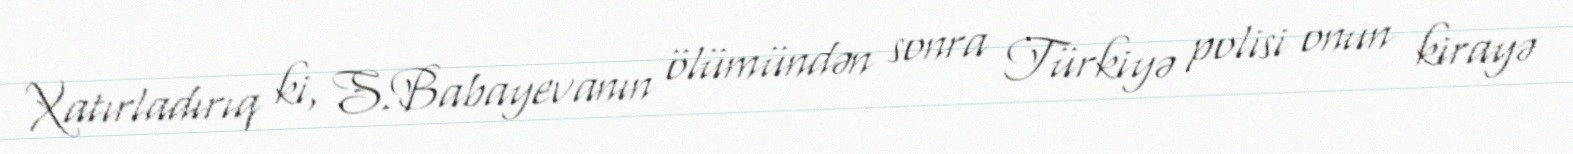
Xatırladırıq ki, S.Babayevanın ölümündən sonra Türkiyə polisi onun kirayə